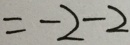
= - 2 - 2